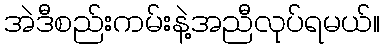
အဲဒီစည်းကမ်းနဲ့အညီလုပ်ရမယ်။